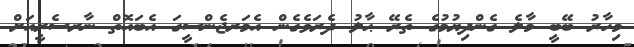
މިހާރު ބޭބީ މާލެ ގެންދިޔުމުގެ ތެރޭ ޙާލު ދެރަވެގެން އެމަރޖެންސީގަ އެބައޮތް ނާރސެރީއަށް